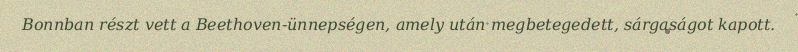
Bonnban részt vett a Beethoven-ünnepségen, amely után megbetegedett, sárgaságot kapott.